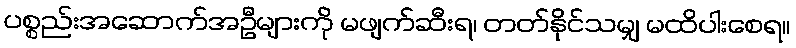
ပစ္စည်းအဆောက်အဦများကို မဖျက်ဆီးရ၊ တတ်နိုင်သမျှ မထိပါးစေရ။